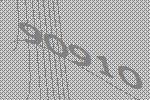
90910